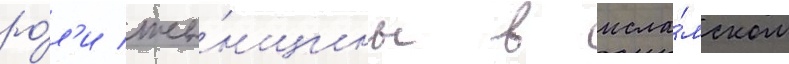
ро́л'и же́нщины в исла́мском